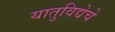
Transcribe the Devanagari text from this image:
यातुविद्येचे